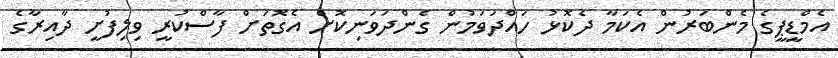
އެމްޑީޕީގެ މެންބަރުން އެކަމާ ދެކޮޅު ހައްދަވަމުން ގެންދަވަނިކޮށް އެގޮތަށް ފާސްކުރީ ވިލިފުށީ ދާއިރާގެ